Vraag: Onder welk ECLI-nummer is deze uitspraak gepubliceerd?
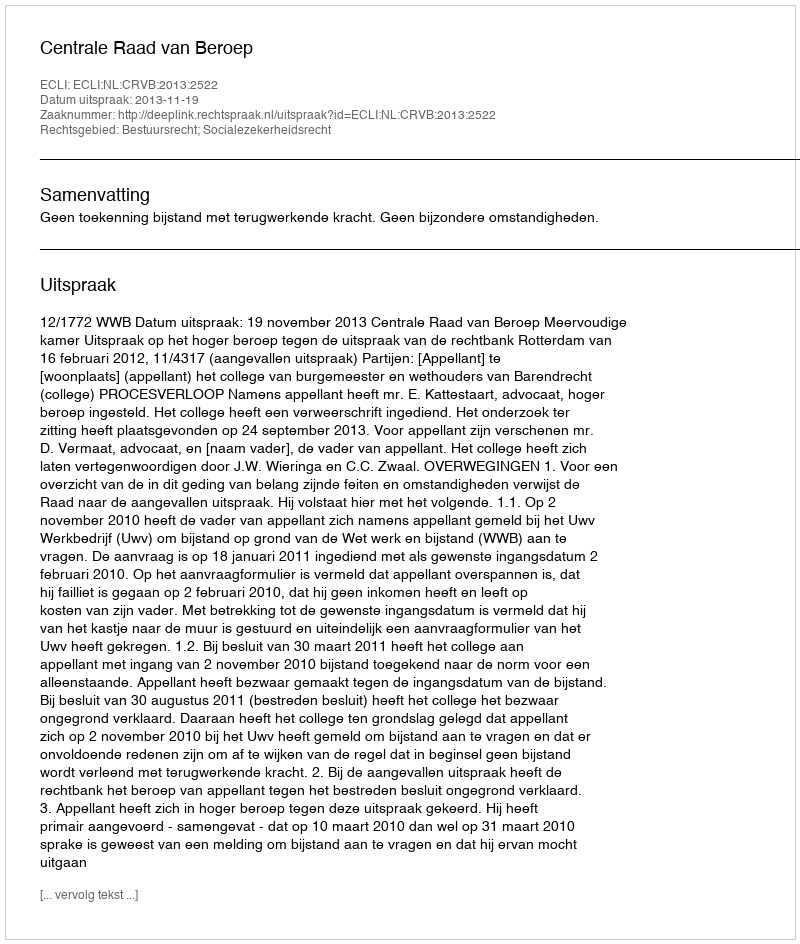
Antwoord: ECLI:NL:CRVB:2013:2522